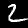
Digit: 2